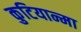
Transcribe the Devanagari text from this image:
कुटियान्मा